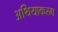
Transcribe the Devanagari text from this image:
अथियाकरम